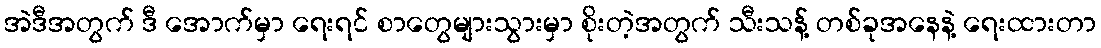
အဲဒီအတွက် ဒီ အောက်မှာ ရေးရင် စာတွေများသွားမှာ စိုးတဲ့အတွက် သီးသန့် တစ်ခုအနေနဲ့ ရေးထားတာ